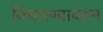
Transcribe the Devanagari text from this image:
विचारण्यावरून